画像に写った文字を読んでください
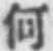
「何」と書いてあります